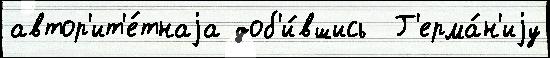
автор'ит'е́тнаjа доб'и́вшись  Г'ерма́н'иjу